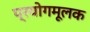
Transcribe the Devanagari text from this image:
प्रयोगमूलक